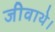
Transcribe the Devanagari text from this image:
जीवाथे।